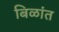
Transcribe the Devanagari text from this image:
बिळांत